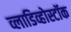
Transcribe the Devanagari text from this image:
व्लाडिव्होस्टॉक